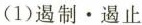
(1)遏制·遏止